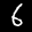
Label: 6